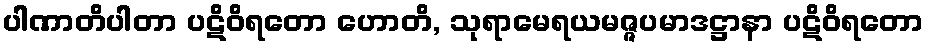
ပါဏာတိပါတာ ပဋိဝိရတော ဟောတိ, သုရာမေရယမဇ္ဇပမာဒဋ္ဌာနာ ပဋိဝိရတော